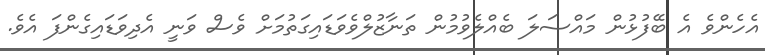
އެހެންވެ އެ ބޭފުޅުން މައްސަލަ ބެއްލެވުމުން ތަނާޒުލްވެވަޑައިގަތުމަށް ވެސް ވަނީ އެދިވަޑައިގެންފަ އެވެ.